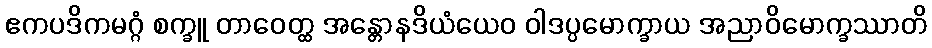
ဧကပဒိကမဂ္ဂံ စက္ခူ တာဝေတ္ထ အန္တောနဒိယံယေဝ ဝါဒပ္ပမောက္ခာယ အညာဝိမောက္ခဿာတိ